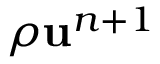
\rho \mathbf { u } ^ { n + 1 }